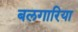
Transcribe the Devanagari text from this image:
बलगारिया